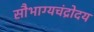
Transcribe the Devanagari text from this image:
सौभाग्यचंद्रोदय